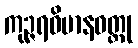
ကုဉ္ဇရဝိမာနဝတ္ထု